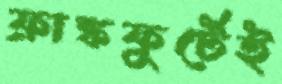
ফ্রাঙ্কফুর্টেই